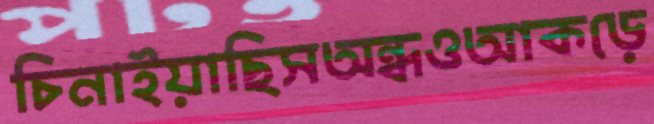
চিনাইয়াছিসঅন্ধওআকড়ে